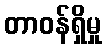
တာဝန်ရှိမှု